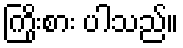
ကြိုးစား ပါသည်။